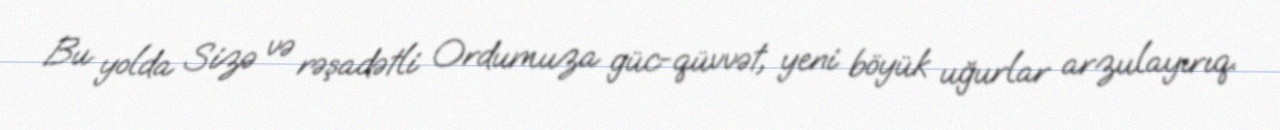
Bu yolda Sizə və rəşadətli Ordumuza güc-qüvvət, yeni böyük uğurlar arzulayırıq.